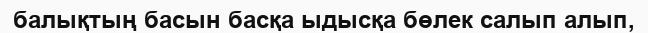
балықтың басын басқа ыдысқа бөлек салып алып,